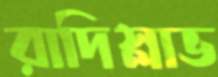
রাদিস্লাভ